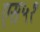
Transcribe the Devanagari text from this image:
एस५१